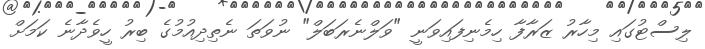
ލިސްޓުގައި މިހާރު ޒަރާފާ ހިމެނިފައިވަނީ "ވަލްނެރަބަލް" ނުވަތަ ނެތިދިއުމުގެ ބިރު ހީވެދާނެ ކަމަށް